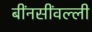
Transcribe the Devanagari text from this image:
बींनसींवल्ली